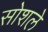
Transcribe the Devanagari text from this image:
सोशले